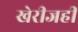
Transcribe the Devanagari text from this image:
खेरीजही